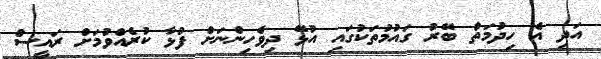
އަދި އެ ހިދުމަތް ބޭރު ގައުމުތަކުގައި އުޅޭ ދިވެހިންނަށް ފުޅާ ކުރެއްވުމަށް ރައީސް